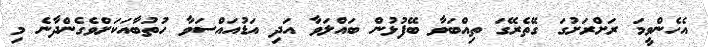
އެހެންވީމަ ރަށްރަށުގަ ގޭތެރޭގަ ތިއްބަވާ ބޭފުޅުން ބައްލަވާ އަދި އަޑުއައްސަވާ ހުތުބާއަކަށްވެެގެންދާނެ މި